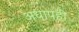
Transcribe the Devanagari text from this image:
अधापही